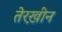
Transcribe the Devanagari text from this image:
तेरख़ीन